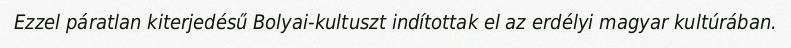
Ezzel páratlan kiterjedésű Bolyai-kultuszt indítottak el az erdélyi magyar kultúrában.